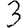
Digit: 3